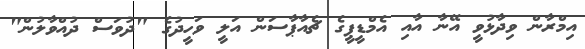
އިމްރާން ވިދާޅުވީ އޭނާ އާއި އެމްޑީޕީގެ ޗެއާޕާސަން އަލީ ވަހީދުގެ "ދުވަސް ދުއްވާލުން"